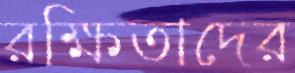
রক্ষিতাদের